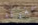
حقوقه